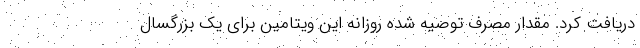
دریافت کرد. مقدار مصرف توصیه شده روزانه این ویتامین برای یک بزرگسال